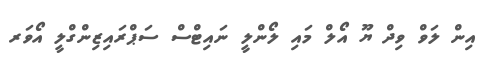
އިން ލަވް ވިދް ޔޫ އޯލް މައި ލޯންލީ ނައިޓްސް ސަޕްރަައިޒިންގްލީ އޯވަރ